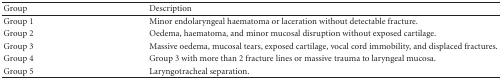
<table><thead><tr><td><b>Group</b></td><td><b>Description</b></td></tr></thead><tbody><tr><td>Group 1</td><td>Minor endolaryngeal haematoma or laceration without detectable fracture.</td></tr><tr><td>Group 2</td><td>Oedema, haematoma, and minor mucosal disruption without exposed cartilage.</td></tr><tr><td>Group 3</td><td>Massive oedema, mucosal tears, exposed cartilage, vocal cord immobility, and displaced fractures.</td></tr><tr><td>Group 4</td><td>Group 3 with more than 2 fracture lines or massive trauma to laryngeal mucosa.</td></tr><tr><td>Group 5</td><td>Laryngotracheal separation.</td></tr></tbody></table>